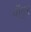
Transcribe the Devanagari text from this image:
पॉट्टर